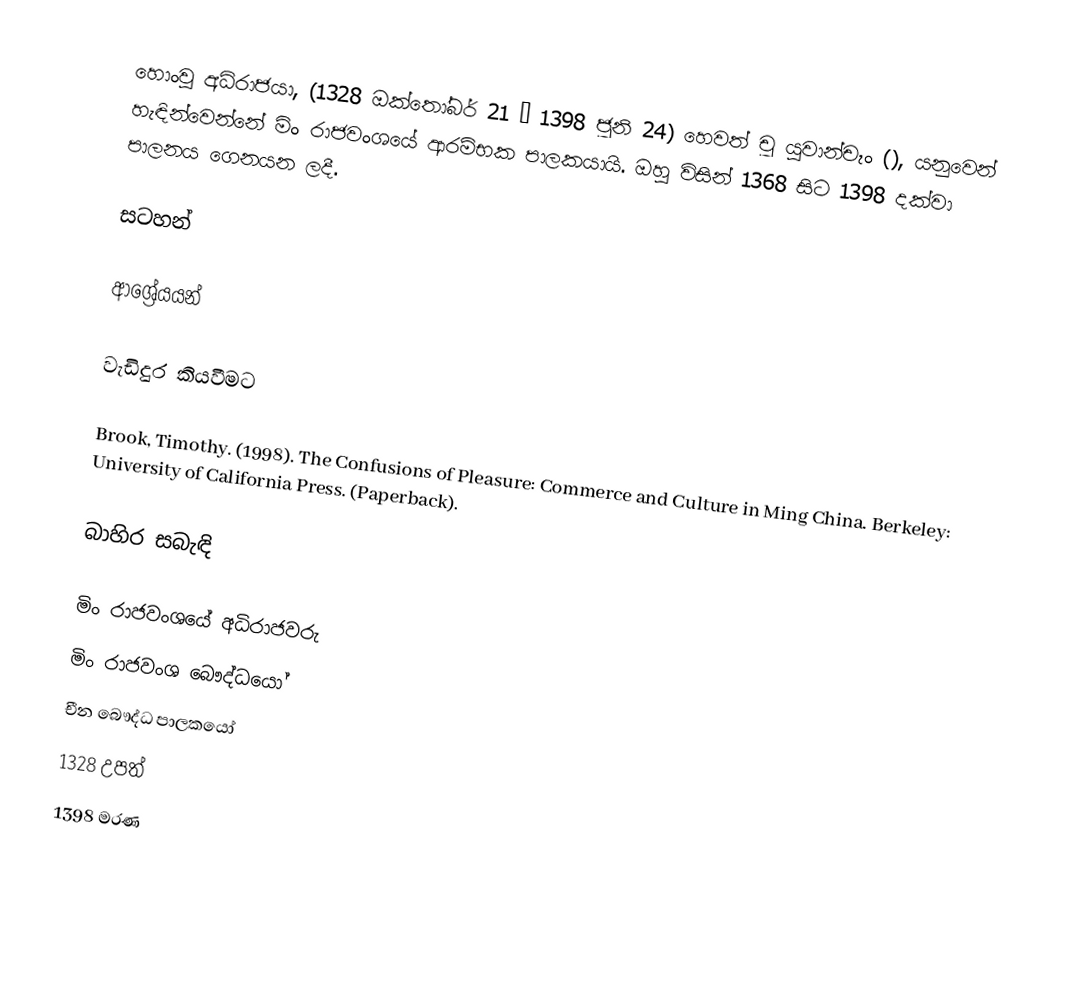
හොංවු අධිරාජයා, (1328 ඔක්තෝබර් 21 – 1398 ජූනි 24) හෙවත් චූ යුවාන්චෑං (), යනුවෙන් හැඳින්වෙන්නේ මිං රාජවංශයේ ආරම්භක පාලකයායි. ඔහු විසින් 1368 සිට 1398 දක්වා පාලනය ගෙනයන ලදී.

සටහන්

ආශ්‍රේයයන්

වැඩිදුර කියවීමට

 Brook, Timothy. (1998). The Confusions of Pleasure: Commerce and Culture in Ming China. Berkeley: University of California Press.  (Paperback).

බාහිර සබැඳි

මිං රාජවංශයේ අධිරාජවරු
මිං රාජවංශ බෞද්ධයෝ
චීන බෞද්ධ පාලකයෝ
1328 උපත්
1398 මරණ